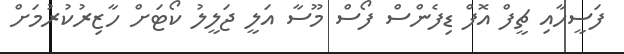
ފަސީހާއި ޗީފް އޮފް ޑިފެންސް ފޯސް މޫސާ އަލީ ޖަލީލު ކޯޓަށް ހާޒިރުކުރުމަށް